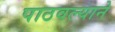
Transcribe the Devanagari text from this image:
पाठवल्याने